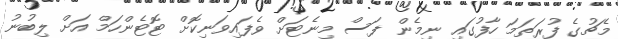
މެޗުގެ ފުރަތަމަ ހާފުގައި ނިމެން ފަސް މިނެޓަށް ވެފައިވަނިކޮށް ޓޮޓެންހަމް އަށް ލިބުނު